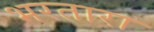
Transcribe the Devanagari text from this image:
भरतारा